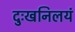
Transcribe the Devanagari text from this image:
दुःखनिलयं